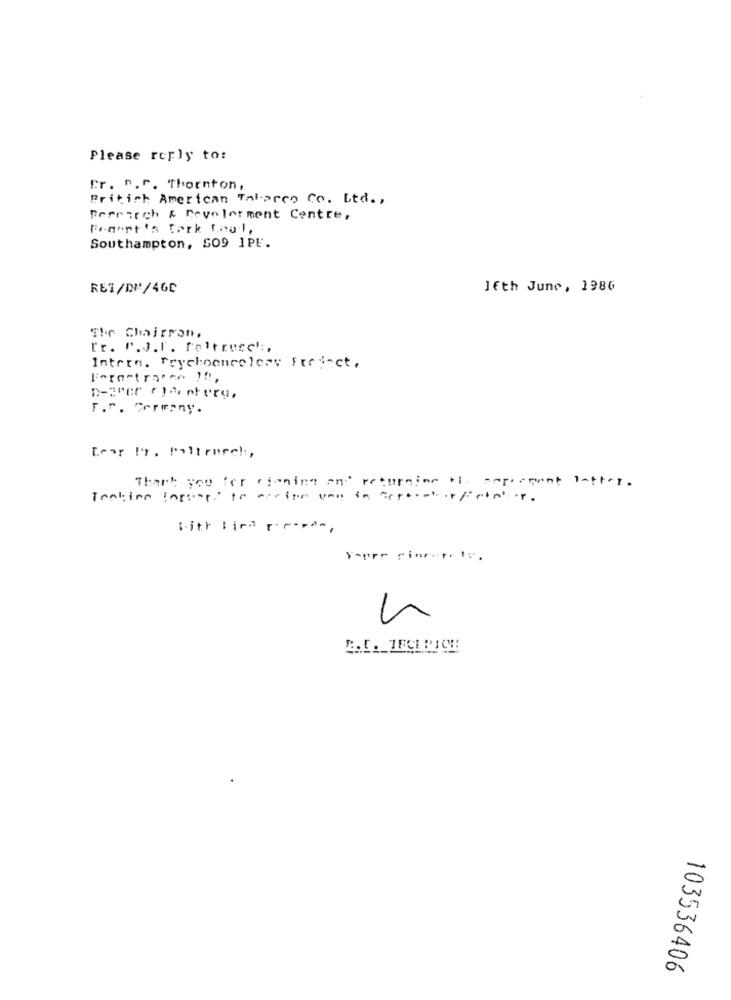
Please reply to:
Cr. P.f. Thornton,
British American Tabarco Co. Ltd .,
Erfrisch & Revelarment Centre,
Fenopt's tark Leal,
Southampton, SO9 1PE.
RET/DP/46C
Jfth June, 1986
The Chairron,
[r. P.J.r. Peltrucc" :,
Intern. Prychooncelesy Ftei-ct,
n-arer r larforu.
F.r. Germany.
Leor !r. Paltroech,
Thank you for coming and returning to. seperment latter.
sitt lira :---- > -,
yoper riner is.
103536406